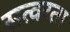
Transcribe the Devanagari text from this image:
सत्वरता